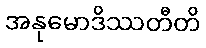
အနုမောဒိဿတီတိ